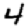
Digit: 4